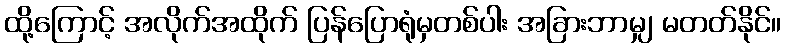
ထို့ကြောင့် အလိုက်အထိုက် ပြန်ပြောရုံမှတစ်ပါး အခြားဘာမျှ မတတ်နိုင်။